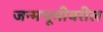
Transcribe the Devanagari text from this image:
जन्मभूमीवरील